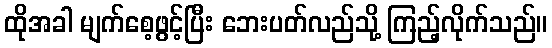
ထိုအခါ မျက်စေ့ဖွင့်ပြီး ဘေးပတ်လည်သို့ ကြည့်လိုက်သည်။